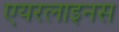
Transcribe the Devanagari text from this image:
एयरलाइनस